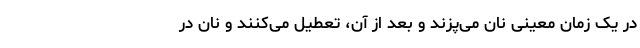
در یک زمان معینی نان می‌پزند و بعد از آن، تعطیل می‌کنند و نان در